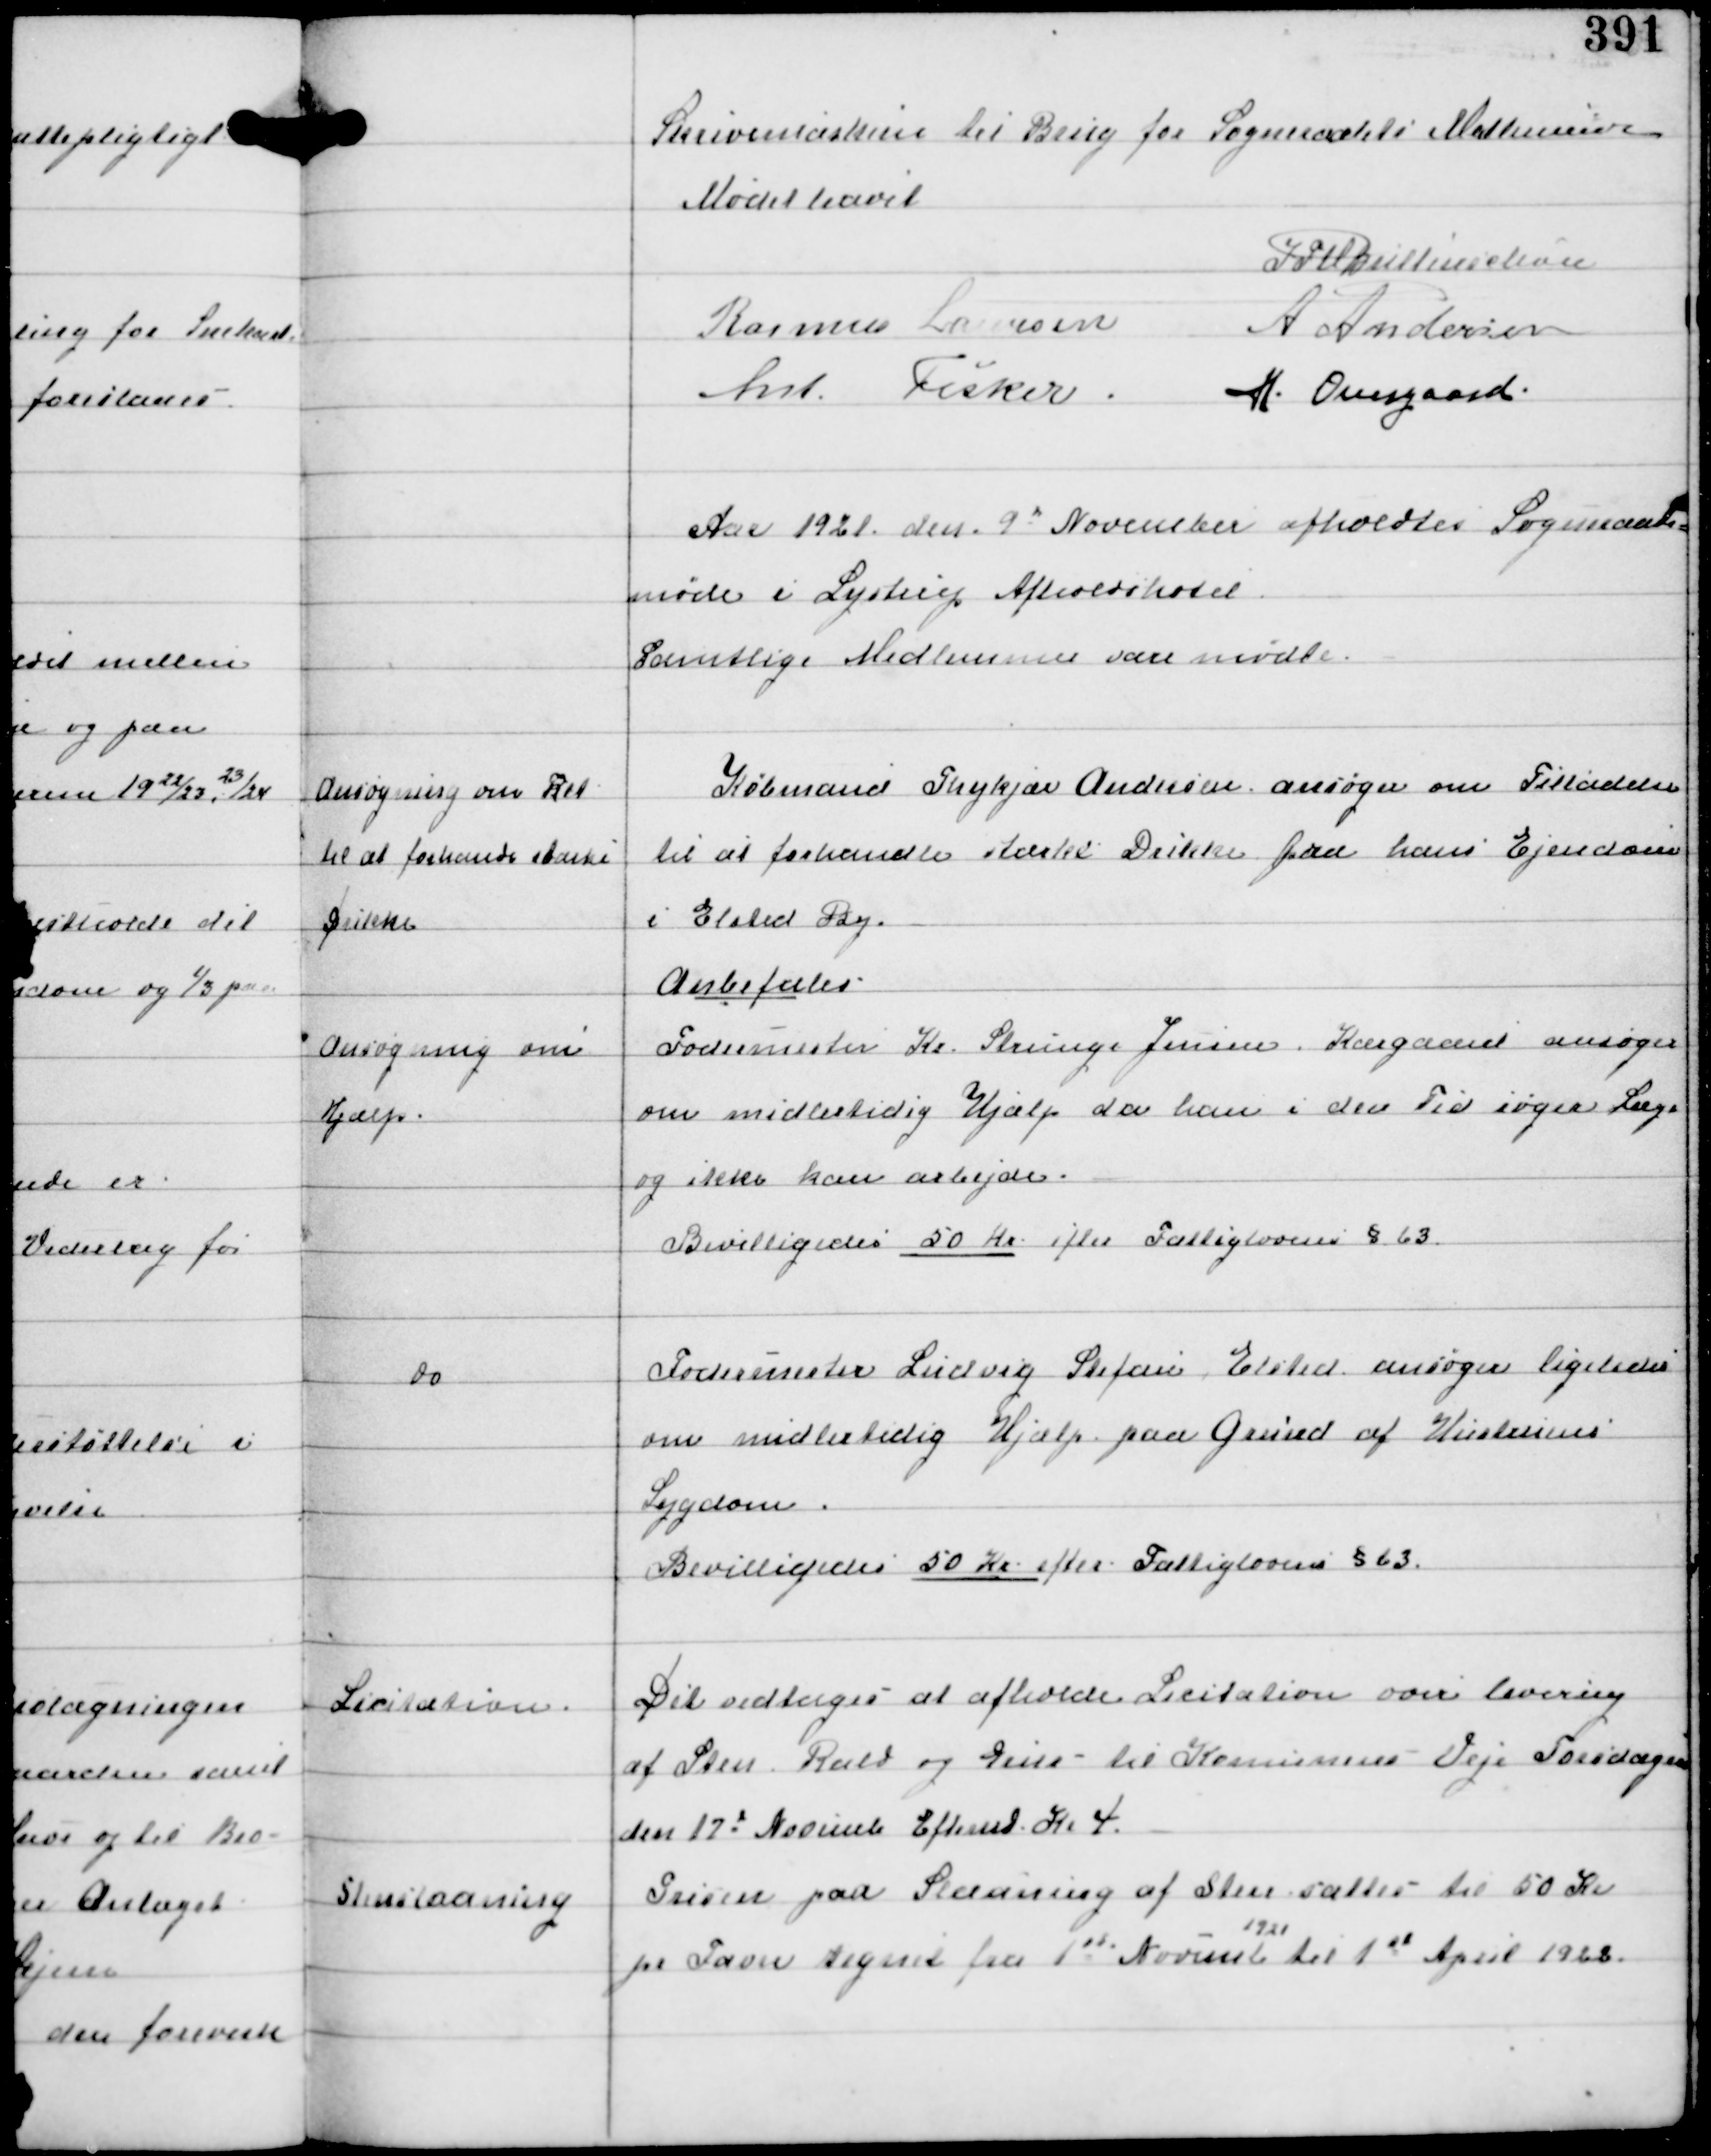
Transskription:
Skrivemaskine til Brug for Sogneraadets Medlemmer

Mødet hævet

IFV Buttenschøn
Rasmus Laursen A Andersen
Ant Fisker H Overgaard

Aar 1921 den 9d November afholdtes Sogneraads-
møde i Lystrup Afholdshotel
Samtlige Medlemmer vare mødte.

Ansøgning om Ret
til at forhandle stærke
Drikke.

Købmand Thykjær Andersen ansøger om Tilladelse
til at forhandle stærke Drikke fra hans Ejendom
i Elsted By.
Anbefales.

Ansøgning om
Hjælp.

Fodermester Kr. Strunge Jensen Kærgaard ansøger
om midlertidig Hjælp da han i den Tid søger Læge
og ikke kan arbejde.
Bevilligedes 50 Kr efter Fattiglovens §63.

do

Fodermester Ludvig Stefan Elsted ansøger ligeledes
om midlertidig Hjælp paa Grund af Hustruens
Sygdom.
Bevilligedes 50 Kr efter Fattiglovens §63.

Licitation.

Det vedtoges at afholde Licitation over levering
af Sten, Rald og Grus - til Komunens - Veje Torsdagen
den 17d November Eftermd Kl 4.

Stenslaaning

Prisen paa Slaaning af Sten sættes til 50 Kr
pr Favn regnet fra 1st Novemb
1920
til 1st April 1922